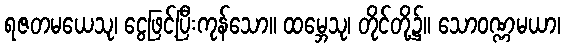
ရဇတမယေသု၊ ငွေဖြင့်ပြီးကုန်သော။ ထမ္ဘေသု၊ တိုင်တို့၌။ သောဝဏ္ဏမယာ၊